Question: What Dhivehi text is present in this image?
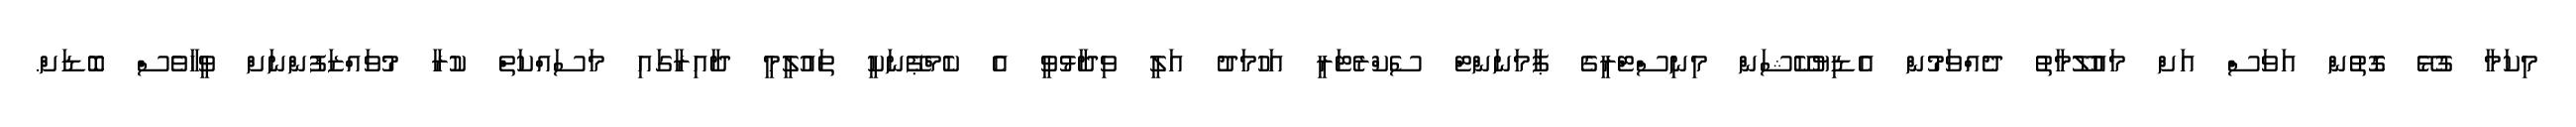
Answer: މިކަމާ ގުޅޭ ގޮތުން އަވަސް އަށް މައުލޫމާތު ދެއްވަމުން އެޑިޔުކޭޝަން މިނިސްޓްރީގެ ޕާމަނަންޓް ސެކްރެޓަރީ އަހުމަދު އަލީ ވިދާޅުވީ އެ ކެމްޕޭނަކީ ތައުލީމީ ދާއިރާގައި މަސައްކަތް ކުރާ މުވައްޒަފުންނަށް ވީހާވެސް ބޮޑަށް.